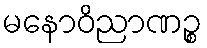
မနောဝိညာဏဉ္စ